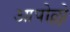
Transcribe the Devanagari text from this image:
आपोल्लो